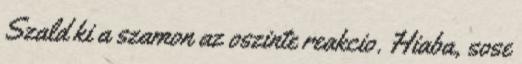
Szald ki a szamon az oszinte reakcio. Hiaba, sose